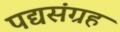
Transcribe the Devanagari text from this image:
पद्यसंग्रह